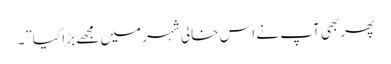
پھر بھی آپ نے اس خالی شہر میں مجھے بڑا کیا”۔